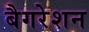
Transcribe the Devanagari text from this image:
बैगरेशन